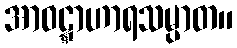
အာဝဋ္ဋာဟာရသမ္ပာတ။